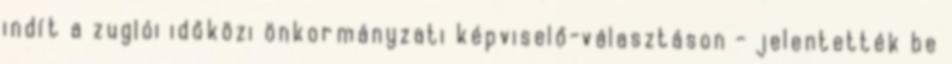
indít a zuglói időközi önkormányzati képviselő-választáson - jelentették be